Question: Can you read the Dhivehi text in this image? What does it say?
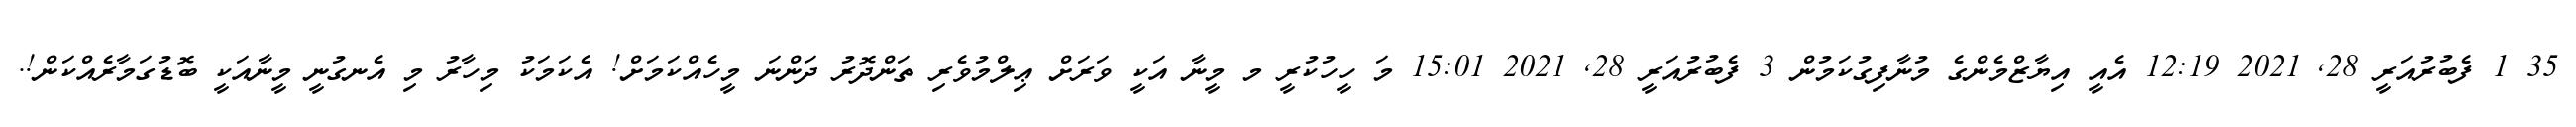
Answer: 35 1 ފެބުރުއަރީ 28, 2021 12:19 އެއީ އިޔާޒްމެންގެ މުނާފިގުކަމުން 3 ފެބުރުއަރީ 28, 2021 15:01 މަ ހީހުކުރީ މ މީނާ އަކީ ވަރަށް ޢިލްމުވެރި ތަންދޮރު ދަންނަ މީހެއްކަމަށް! އެކަމަކު މިހާރު މި އެނގުނީ މީނާއަކީ ބޮޑުގަމާރެއްކަން!.